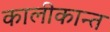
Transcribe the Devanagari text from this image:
कालीकान्त